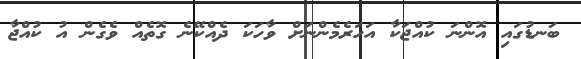
ބަނޑުގައި އޮންނަ ކުއްޖަކާ އަހަރެމެންނަށް ވާހަކަ ދެއްކޭނެ ގޮތެއް ވެގެން އު ކުއްޖާ